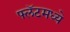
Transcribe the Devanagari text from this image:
फ्लॅटमध्ये